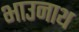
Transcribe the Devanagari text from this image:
भाउनाथ